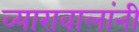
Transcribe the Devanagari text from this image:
व्यारावालांनी